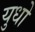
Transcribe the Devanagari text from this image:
युधो